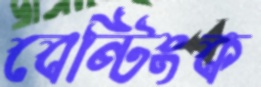
বেন্টিংক